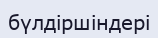
бүлдіршіндері